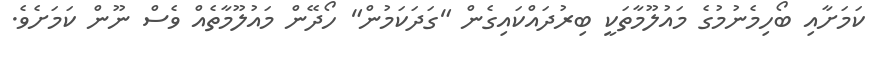
ކަމަށާއި ބޯހިމެނުމުގެ މައުލޫމާތަކީ ބިރުދައްކައިގެން "ގަދަކަމުން" ހޯދޭން މައުލޫމާތެއް ވެސް ނޫން ކަމަށެވެ.